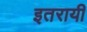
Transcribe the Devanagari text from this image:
इतरायी